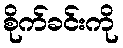
စိုက်ခင်းကို